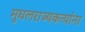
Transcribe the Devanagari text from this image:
मुघलराज्यकर्त्यांना